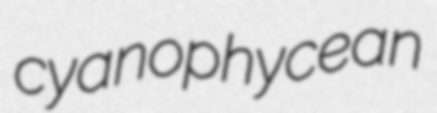
cyanophycean